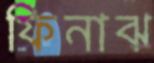
ফিনাঝ